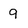
Character: 9